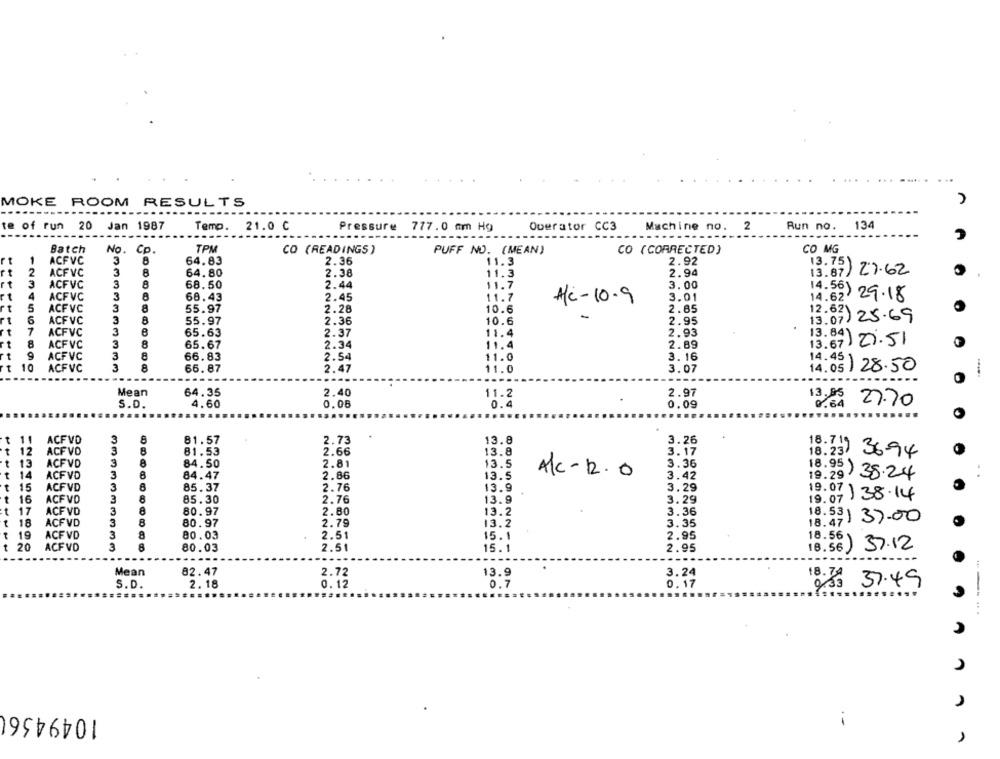
MOKE ROOM RESULTS
te of run
20
Jan 1987
Temp. 21.0 ℃
Pressure 777.0 mm Hg
Operator CC3
Machine no.
2
Run no.
134
...
.......
Batch
No.
Cp.
TPM
CO (READINGS )
PUFF NO. (MEAN)
CO (CORRECTED)
CO MG
rt
1
ACFVC
3
64.83
2.36
11.3
2.92
13.75)
2
ACFVC
3
8
64.80
2.38
11.3
2.94
13.87/27.62
t
3
ACFVC
3
8
68.50
2.44
11.7
3.00
14.56)
1
4
ACFVC
3
68.43
2.45
11.7
3.01
14.62'
29.18
A/C-10-9
5
ACFVC
3
8
55.97
2.28
10.6
2.85
6
ACFVC
2.36
2.95
12.62
13.07) 25.69
3
8
55.97
10.6
7
ACFVC
3
65.63
2.37
11.4
2.93
8
ACFVC
3
8
65.67
2.34
11.4
2.89
13.67
21.51
9
ACFVC
3
66.83
2.54
11.0
3. 16
14.45
10
ACFVC
3
8
66.87
2.47
11.0
3.07
14.05
128.50
Mean
64.35
2.40
11.2
2.97
13,85
27.70
S.D.
4.60
0.06
0.4
0.09
t 11
ACFVD
3
81.57
2.73
13.8
3.26
18.715
t 12
ACF VO
3
81.53
2.66
13.8
3.17
18.23
36.94
t
13
ACFVD
3
84.50
2.81
13.5
3.36
t 14
ACFVD
84.47
2.86
13.5
A/C-12.0
3.42
19.29
38.24
15
ACFVD
85.37
2.76
13.9
3.29
t 16
ACFVD
3
85.30
2.76
13.9
3.29
19.07) 38.14
19.07
t 17
ACF VD
80.97
2.80
13.2
3.36
18
ACFVD
3
8
80.97
2.79
13.2
3.35
18.47
18.53) 37.00
t 19
ACFVD
3
80.03
2.51
15.1
2.95
18.56
t
20
ACFVD
3
8
80.03
2.51
15.1
2.95
18.56
) 37.12
Mean
82.47
2.72
13.9
3.24
18. 74
S.D.
2.18
0.12
0.17
37.49
1049436(
.-
1